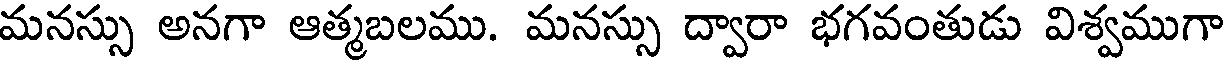
మనస్సు అనగా ఆత్మబలము. మనస్సు ద్వారా భగవంతుడు విశ్వముగా